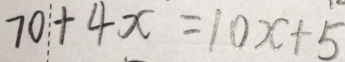
7 0 + 4 x = 1 0 x + 5